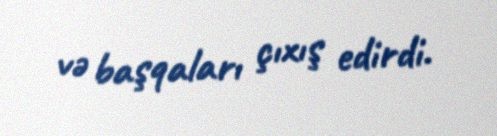
və başqaları çıxış edirdi.